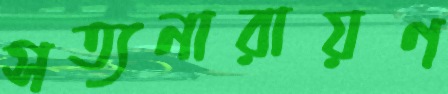
সত্যনারায়ণ